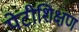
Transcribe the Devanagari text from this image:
पेटीशिक्षण